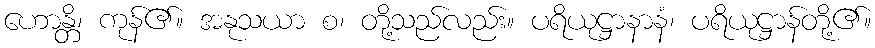
ဟောန္တိ၊ ကုန်၏။ အနုသယာ စ၊ တို့သည်လည်း။ ပရိယုဋ္ဌာနာနံ၊ ပရိယုဋ္ဌာန်တို့၏။